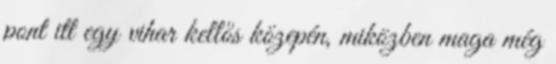
pont itt egy vihar kellős közepén, miközben maga még